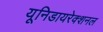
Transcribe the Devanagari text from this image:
यूनिडायरेक्शनल